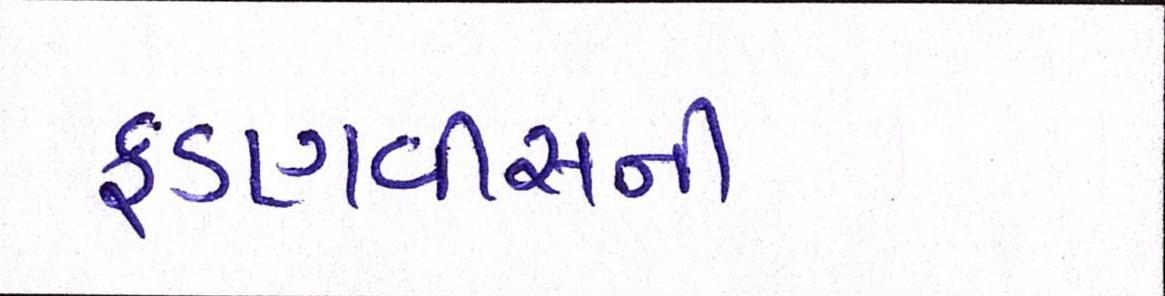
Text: ફડણવીસની